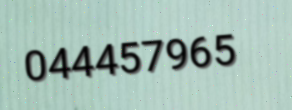
044457965